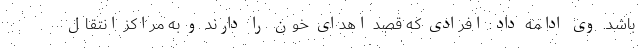
باشد. وی ادامه داد: افرادی که قصد اهدای خون را دارند و به مراکز انتقال